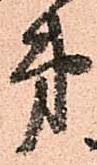
第